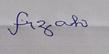
Signature authenticity: forged